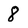
Character: 8